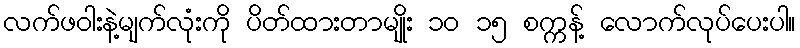
လက်ဖဝါးနဲ့မျက်လုံးကို ပိတ်ထားတာမျိုး ၁၀ ၁၅ စက္ကန့် လောက်လုပ်ပေးပါ။